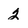
Character: 2